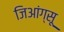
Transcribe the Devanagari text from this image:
जिआंग्सू